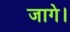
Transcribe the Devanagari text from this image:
जागे।